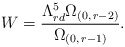
\begin{align*}W=\frac{\Lambda _{rd}^{5}\Omega_{(0,\, r-2)}}{\Omega_{(0,\, r-1)}}.\end{align*}